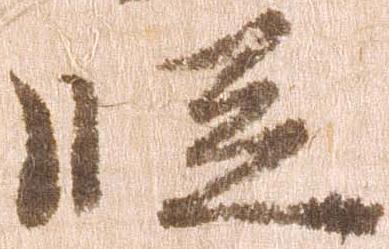
段